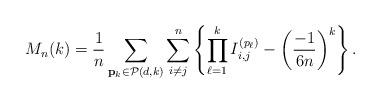
LaTeX: \begin{align*} M_n(k)&= \frac{1}{n}\sum_{\mathbf{p}_k\in \mathcal{P}(d,k)}\sum_{i\neq j}^n\left\{ \prod_{\ell=1}^k I^{(p_\ell)}_{i,j} -\left( \frac{-1}{6n}\right)^{k} \right\}.\end{align*}